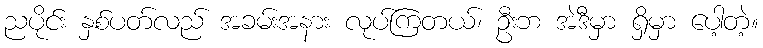
ညပိုင်း နှစ်ပတ်လည် အခမ်းအနား လုပ်ကြတယ်၊ ဦးဘ အဲဒီမှာ ရှိမှာ ပေါ့တဲ့။